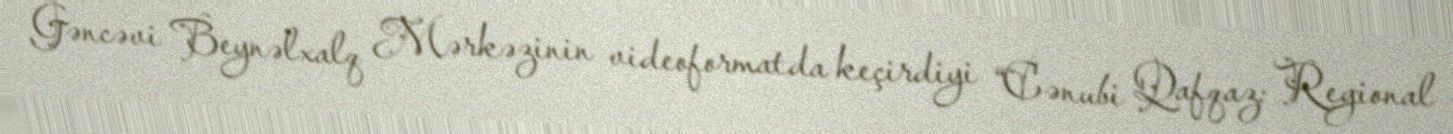
Gəncəvi Beynəlxalq Mərkəzinin videoformatda keçirdiyi “Cənubi Qafqaz: Regional